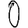
Digit: 0